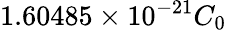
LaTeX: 1.60485\times 10^{-21}C_{0}